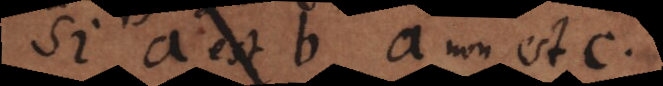
Si a est b, a non est c.